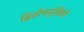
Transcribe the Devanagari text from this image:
द्वितीयमुखियों